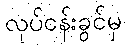
လုပ်ငန်းခွင်မှ